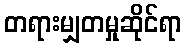
တရားမျှတမှုဆိုင်ရာ